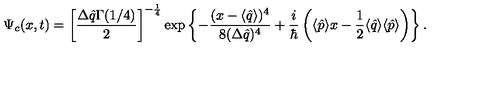
\Psi _ { c } ( x , t ) = \left[ \frac { \Delta \hat { q } \Gamma ( 1 / 4 ) } { 2 } \right] ^ { - \frac { 1 } { 4 } } \exp \left\{ - \frac { ( x - \langle \hat { q } \rangle ) ^ { 4 } } { 8 ( \Delta \hat { q } ) ^ { 4 } } + \frac { i } { \hbar } \left( \langle \hat { p } \rangle x - \frac { 1 } { 2 } \langle \hat { q } \rangle \langle \hat { p } \rangle \right) \right\} .